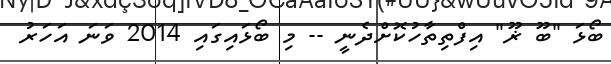
ބޯޅަ "ބޫ ޜޫ" އިފްތިތާހުކޮށްދެނީ -- މި ބޯޅައިގައި 2014 ވަނަ އަހަރު